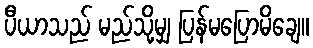
ပီယာသည် မည်သို့မျှ ပြန်မပြောမိချေ။